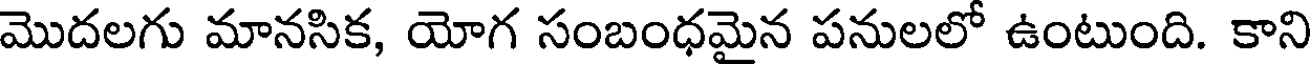
మొదలగు మానసిక, యోగ సంబంధమైన పనులలో ఉంటుంది. కాని